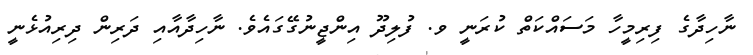
ނާހިދާގެ ފިރިމީހާ މަސައްކަތް ކުރަނީ ވ. ފުލިދޫ އިންޖީނުގޭގައެވެ. ނާހިދާއާއި ދަރިން ދިރިއުޅެނީ